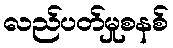
လည်ပတ်မှုစနစ်